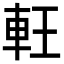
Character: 軖